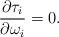
LaTeX: \begin{align*}\dfrac{\partial \tau_{i}}{\partial \omega_{i}}=0.\end{align*}